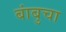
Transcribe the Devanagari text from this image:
बांबुचा